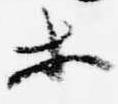
等